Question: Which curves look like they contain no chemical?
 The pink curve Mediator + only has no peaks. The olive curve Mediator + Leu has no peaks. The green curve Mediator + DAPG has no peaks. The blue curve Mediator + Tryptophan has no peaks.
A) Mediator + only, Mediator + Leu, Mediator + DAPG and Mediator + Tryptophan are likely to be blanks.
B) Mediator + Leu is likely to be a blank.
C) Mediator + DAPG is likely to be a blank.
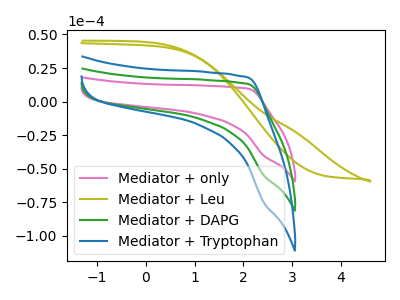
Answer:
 <answer>A) "Mediator + only", "Mediator + Leu", "Mediator + DAPG" and "Mediator + Tryptophan" are likely to be blanks.</answer>
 <eval>A</eval>